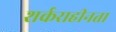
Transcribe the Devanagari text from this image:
शर्कराहीनता